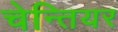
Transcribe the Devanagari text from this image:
चेन्तियर